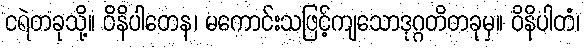
ငရဲတခုသို့။ ဝိနိပါတေန၊ မကောင်းသဖြင့်ကျသောဒုဂ္ဂတိတခုမှ။ ဝိနိပါတံ၊